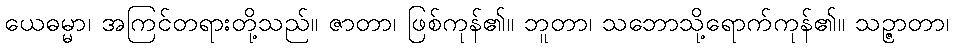
ယေဓမ္မာ၊ အကြင်တရားတို့သည်။ ဇာတာ၊ ဖြစ်ကုန်၏။ ဘူတာ၊ သဘောသို့ရောက်ကုန်၏။ သဉ္ဇာတာ၊